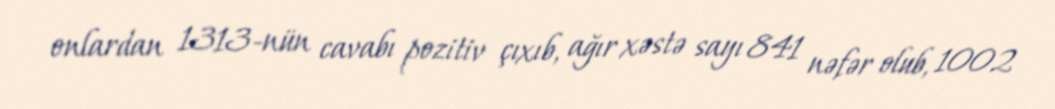
onlardan 1313-nün cavabı pozitiv çıxıb, ağır xəstə sayı 841 nəfər olub, 1002